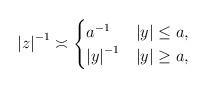
LaTeX: \begin{align*}\left|z\right|^{-1}\asymp\begin{cases}a^{-1} & \left|y\right|\leq a,\\\left|y\right|^{-1} & \left|y\right|\geq a,\end{cases}\end{align*}